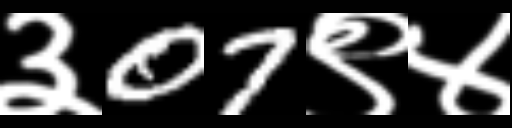
Text: ३07९४